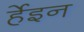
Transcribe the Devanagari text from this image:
र्हेइन